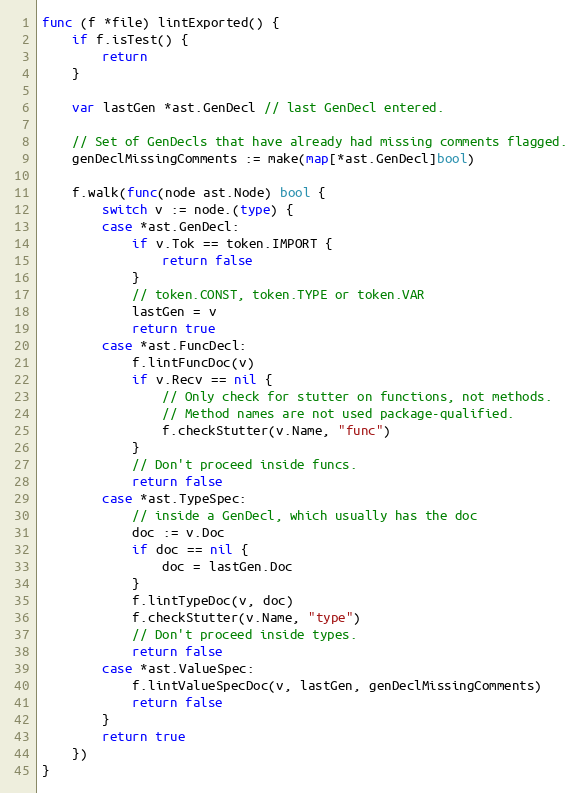
Language: Go
func (f *file) lintExported() {
	if f.isTest() {
		return
	}

	var lastGen *ast.GenDecl // last GenDecl entered.

	// Set of GenDecls that have already had missing comments flagged.
	genDeclMissingComments := make(map[*ast.GenDecl]bool)

	f.walk(func(node ast.Node) bool {
		switch v := node.(type) {
		case *ast.GenDecl:
			if v.Tok == token.IMPORT {
				return false
			}
			// token.CONST, token.TYPE or token.VAR
			lastGen = v
			return true
		case *ast.FuncDecl:
			f.lintFuncDoc(v)
			if v.Recv == nil {
				// Only check for stutter on functions, not methods.
				// Method names are not used package-qualified.
				f.checkStutter(v.Name, "func")
			}
			// Don't proceed inside funcs.
			return false
		case *ast.TypeSpec:
			// inside a GenDecl, which usually has the doc
			doc := v.Doc
			if doc == nil {
				doc = lastGen.Doc
			}
			f.lintTypeDoc(v, doc)
			f.checkStutter(v.Name, "type")
			// Don't proceed inside types.
			return false
		case *ast.ValueSpec:
			f.lintValueSpecDoc(v, lastGen, genDeclMissingComments)
			return false
		}
		return true
	})
}